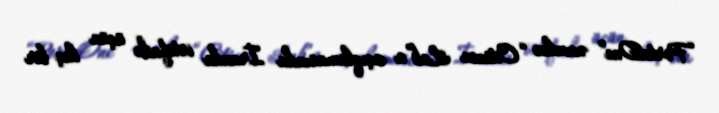
“PortaOne” əvvəlcə “Citizen Lab”a açıqlamasında İranda istifadə üçün heç bir